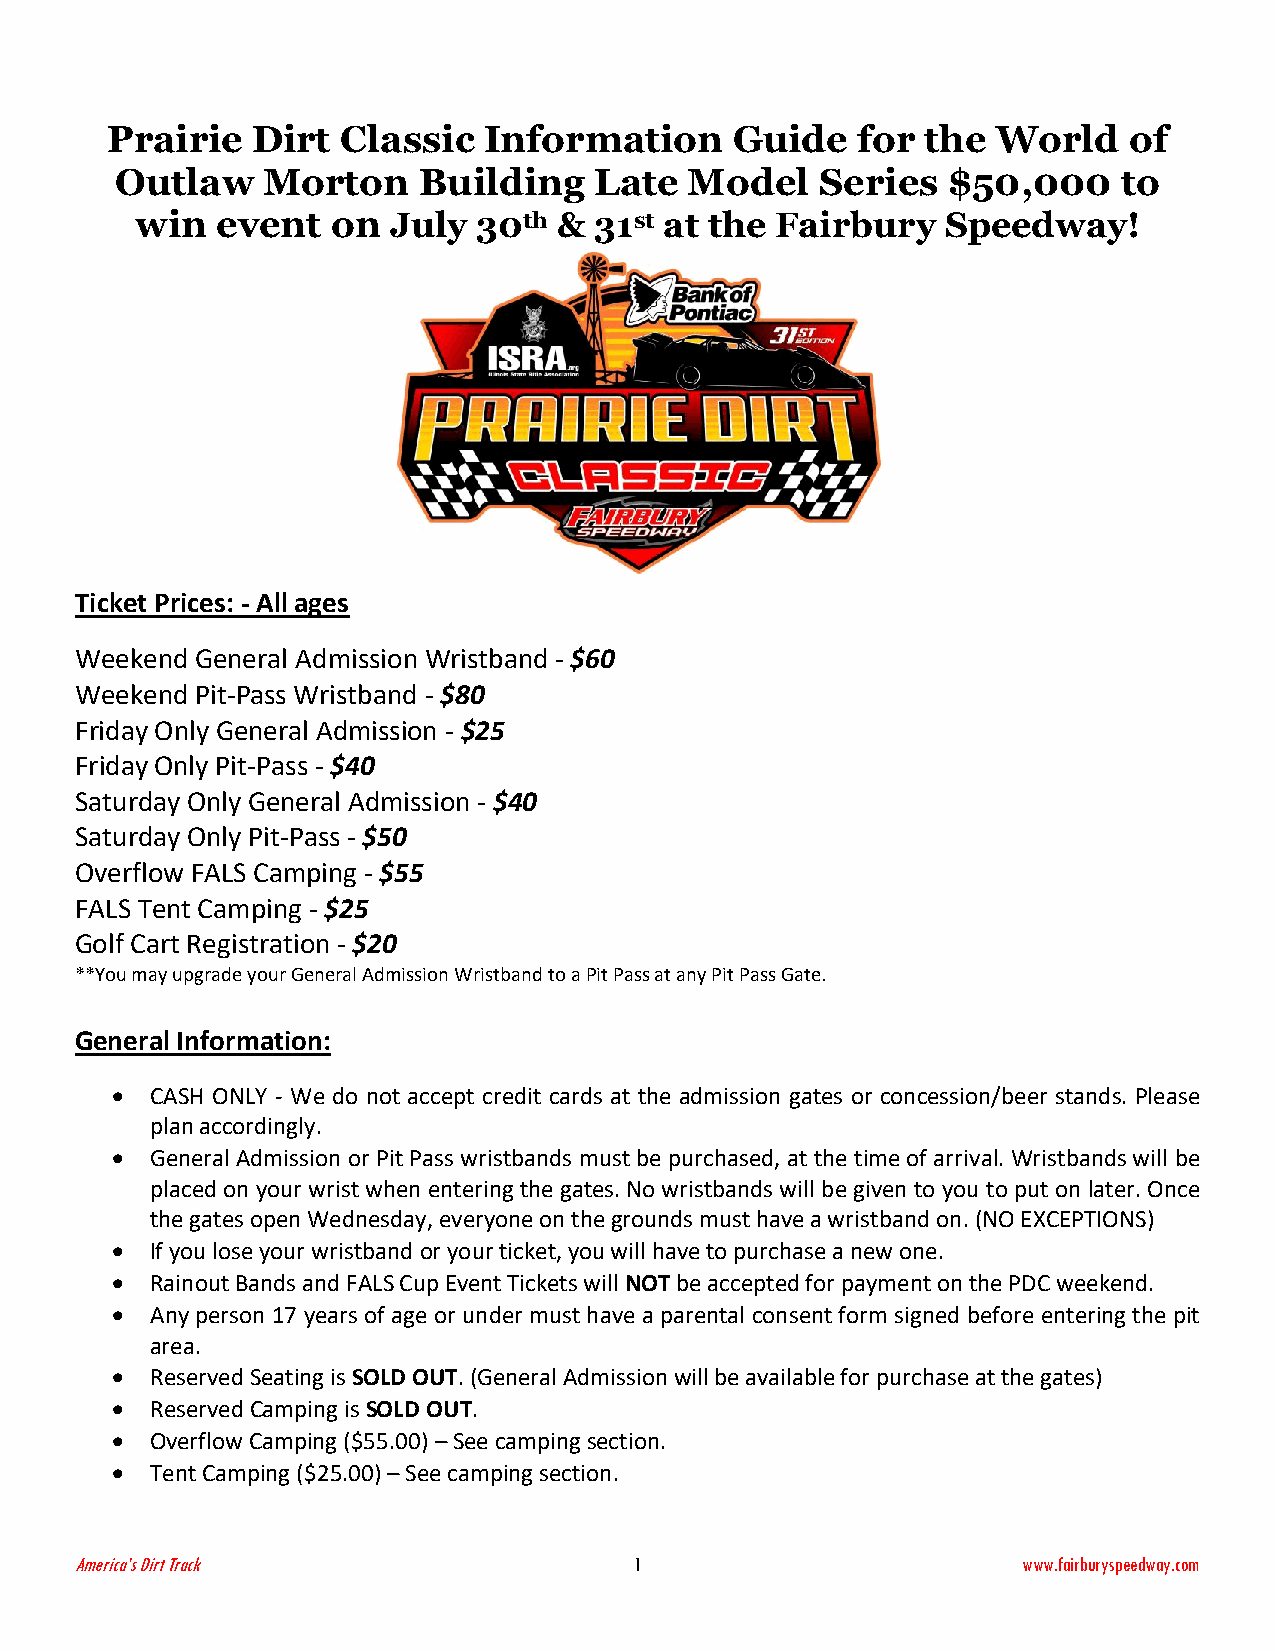
Prairie   Dirt  Classic  Information      Guide   for the  World    of
 Outlaw   Morton     Building   Late   Model   Series   $50,000    to
 win  event   on  July  30th & 31st at the Fairbury    Speedway!
 Ticket Prices: - All ages
 Weekend General Admission Wristband - $60
 Weekend Pit-Pass Wristband - $80
 Friday Only General Admission - $25
 Friday Only Pit-Pass - $40
 Saturday Only General Admission - $40
 Saturday Only Pit-Pass - $50
 Overflow FALS Camping - $55
 FALS Tent Camping - $25
 Golf Cart Registration - $20
 **You may upgrade your General Admission Wristband to a Pit Pass at any Pit Pass Gate.
 General Information:
 •  CASH ONLY - We do not accept credit cards at the admission gates or concession/beer stands. Please
 plan accordingly.
 •  General Admission or Pit Pass wristbands must be purchased, at the time of arrival. Wristbands will be
 placed on your wrist when entering the gates. No wristbands will be given to you to put on later. Once
 the gates open Wednesday, everyone on the grounds must have a wristband on. (NO EXCEPTIONS)
 •  If you lose your wristband or your ticket, you will have to purchase a new one.
 •  Rainout Bands and FALS Cup Event Tickets will NOT be accepted for payment on the PDC weekend.
 •  Any person 17 years of age or under must have a parental consent form signed before entering the pit
 area.
 •  Reserved Seating is SOLD OUT. (General Admission will be available for purchase at the gates)
 •  Reserved Camping is SOLD OUT.
 •  Overflow Camping ($55.00) – See camping section.
 •  Tent Camping ($25.00) – See camping section.
 America’s Dirt Track                 1                         www.fairburyspeedway.com